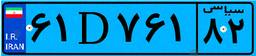
۶۱D۷۶۱۸۲